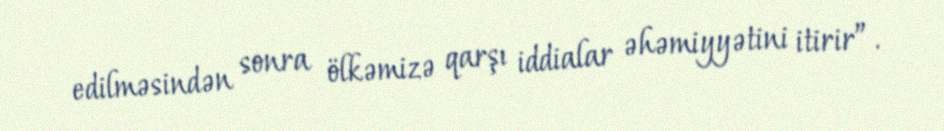
edilməsindən sonra ölkəmizə qarşı iddialar əhəmiyyətini itirir”.